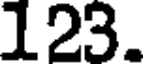
123.